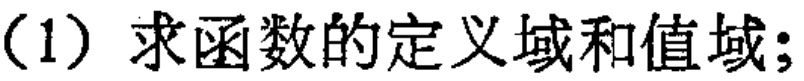
（1）求函数的定义域和值域；